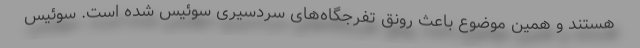
هستند و همین موضوع باعث رونق تفرجگاه‌های سردسیری سوئیس شده است. سوئیس